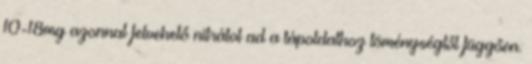
10-18mg azonnal felvehető nitrátot ad a tápoldathoz töménységtől függően.